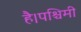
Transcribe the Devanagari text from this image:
है।पश्चिमी